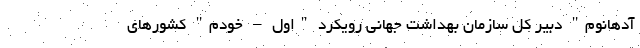
آدهانوم" دبیر کل سازمان بهداشت جهانی رویکرد "اول – خودم" کشورهای